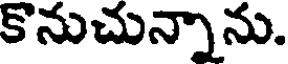
కొనుచున్నాను.